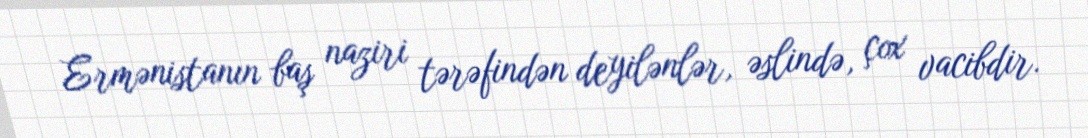
Ermənistanın baş naziri tərəfindən deyilənlər, əslində, çox vacibdir.